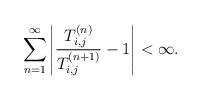
LaTeX: \begin{align*}\sum_{n=1}^\infty \left|\frac{T_{i,j}^{(n)}}{T_{i,j}^{(n+1)}}-1\right|<\infty.\end{align*}